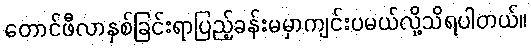
တောင်ဖီလာနှစ်ခြင်းရာပြည့်ခန်းမမှာကျင်းပမယ်လို့သိရပါတယ်။